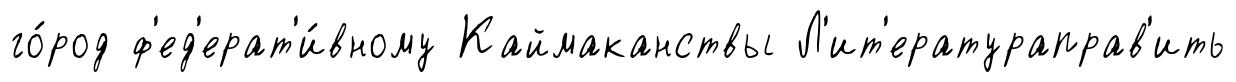
го́род ф'ед'ерат'и́вному Каймаканствы Л'ит'ератураправ'ить